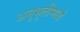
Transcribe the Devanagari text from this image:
अनुभूतीमध्ये